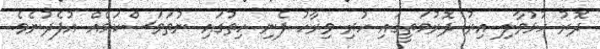
ދޮރު ހުޅުވާލި އިރު ދޮރުމަތީގައި ހުރި ވިރާހު ފެނި ހިތުގައި ނުތަވަސްކަމެއް އުފެދުނެވެ.